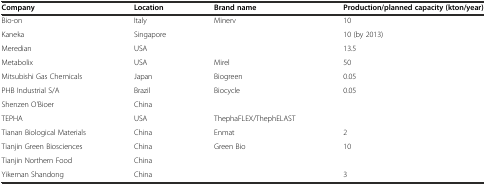
<table><thead><tr><td><b>Company</b></td><td><b>Location</b></td><td><b>Brand name</b></td><td><b>Production/planned capacity (kton/year)</b></td></tr></thead><tbody><tr><td>Bio-on</td><td>Italy</td><td>Minerv</td><td>10</td></tr><tr><td>Kaneka</td><td>Singapore</td><td></td><td>10 (by 2013)</td></tr><tr><td>Meredian</td><td>USA</td><td></td><td>13.5</td></tr><tr><td>Metabolix</td><td>USA</td><td>Mirel</td><td>50</td></tr><tr><td>Mitsubishi Gas Chemicals</td><td>Japan</td><td>Biogreen</td><td>0.05</td></tr><tr><td>PHB Industrial S/A</td><td>Brazil</td><td>Biocycle</td><td>0.05</td></tr><tr><td>Shenzen O&#x27;Bioer</td><td>China</td><td></td><td></td></tr><tr><td>TEPHA</td><td>USA</td><td>ThephaFLEX/ThephELAST</td><td></td></tr><tr><td>Tianan Biological Materials</td><td>China</td><td>Enmat</td><td>2</td></tr><tr><td>Tianjin Green Biosciences</td><td>China</td><td>Green Bio</td><td>10</td></tr><tr><td>Tianjin Northern Food</td><td>China</td><td></td><td></td></tr><tr><td>Yikeman Shandong</td><td>China</td><td></td><td>3</td></tr></tbody></table>